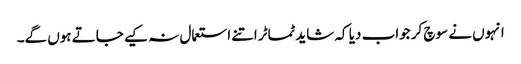
انہوں نے سوچ کر جواب دیا کہ شاید ٹماٹر اتنے استعمال نہ کیے جاتے ہوں گے۔